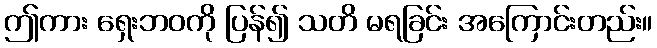
ဤကား ရှေးဘဝကို ပြန်၍ သတိ မရခြင်း အကြောင်းတည်း။